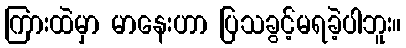
ကြားထဲမှာ မာနေးဟာ ပြသခွင့်မရခဲ့ပါဘူး။